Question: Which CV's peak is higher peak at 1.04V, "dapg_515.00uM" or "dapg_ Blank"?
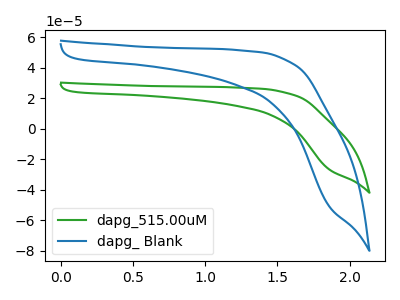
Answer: <think>The green curve "dapg_515.00uM" has no peaks. The blue curve "dapg_ Blank" has no peaks.</think>
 <answer>"dapg_515.00uM" and "dapg_ Blank" dont share a peak at 1.04V.</answer>
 <eval>mismatch</eval>